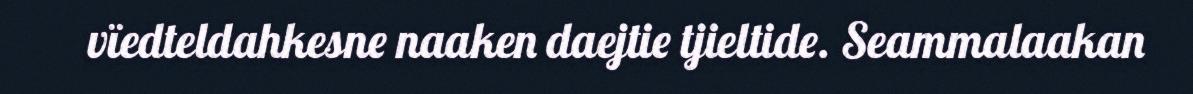
vïedteldahkesne naaken daejtie tjieltide. Seammalaakan